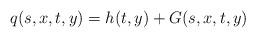
LaTeX: \begin{align*}q(s,x,t,y)=h(t,y)+G(s,x,t,y)\end{align*}